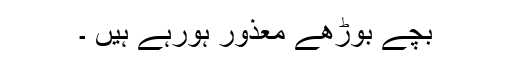
بچے بوڑھے معذور ہورہے ہیں ۔